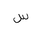
Letter: _sin